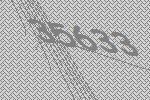
35633